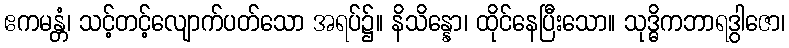
ဧကမန္တံ၊ သင့်တင့်လျောက်ပတ်သော အရပ်၌။ နိသိန္နော၊ ထိုင်နေပြီးသော။ သုဒ္ဓိကဘာရဒွါဇော၊